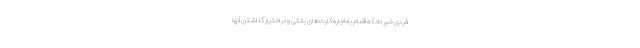
فردی خبر داد که اقدام به اجاره کارت‌های بانکی و در اختیار گذاشتن آنها